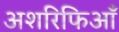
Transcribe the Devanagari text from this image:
अशरिफिआँ